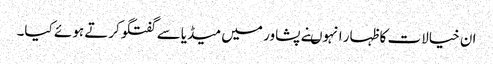
ان خیالات کا ظہار انہوںنے پشاور میں میڈیاسے گفتگوکرتے ہوئے کیا۔